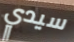
سيدي